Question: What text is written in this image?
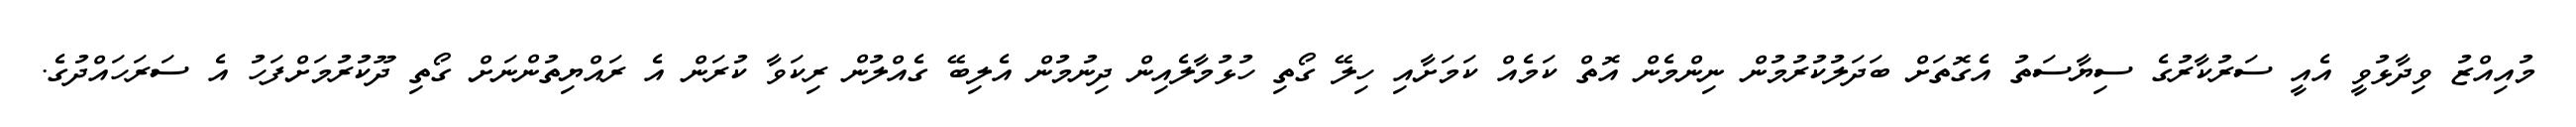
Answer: މުއިއްޒު ވިދާޅުވީ އެއީ ސަރުކާރުގެ ސިޔާސަތު އެގޮތަށް ބަދަލުކުރުމުން ނިންމެން އޮތް ކަމެއް ކަމަށާއި ހިލޭ ގޯތި ހުޅުމާލެއިން ދިނުމުން އެލިބޭ ގެއްލުން ރިކަވާ ކުރަން އެ ރައްޔިތުންނަށް ގޯތި ދޫކުރުމަށްފަހު އެ ސަރަހައްދުގެ.